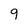
Character: 9